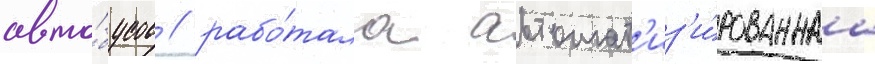
авто́бусов / рабо́тала автомат'из'и́рованнаа